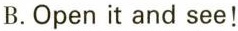
B.Open it and see